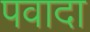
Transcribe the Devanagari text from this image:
पवादा